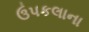
ઉપકલાના